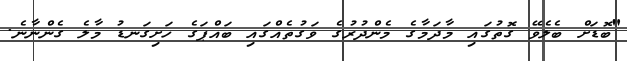
"ބޮޑަށް ބެލެވޭ ގޮތުގައި މާދަމާގެ މެންދުރުގެ ވަގުތެއްގައި ބައްޕަގެ ހަށިގަނޑު މާލެ ގެންނާނެ.